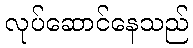
လုပ်ဆောင်နေသည်